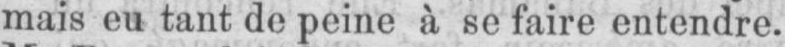
mais eu tant de peine à se faire entendre.